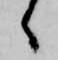
々